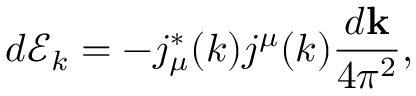
d \mathcal { E } _ { k } = - j _ { \mu } ^ { * } ( k ) j ^ { \mu } ( k ) \frac { d \mathbf { k } } { 4 \pi ^ { 2 } } ,